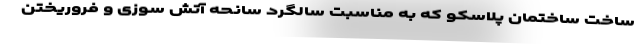
ساخت ساختمان پلاسکو که به مناسبت سالگرد سانحه آتش سوزی و فروریختن